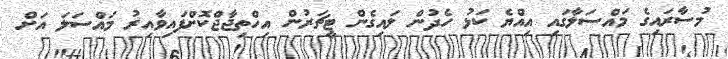
މުސާރައިގެ މައްސަލާގައި އިއްޔެ ކަޅު ހެދުން ލައިގެން ޓީޗަރުން އިހްތިޖާޖްކޮށްފައިވާއިރު މައްސަލަ އަށް